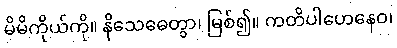
မိမိကိုယ်ကို။ နိသေဓေတွာ၊ မြစ်၍။ ကတိပါဟေနေဝ၊